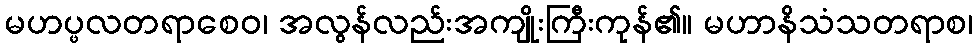
မဟပ္ဖလတရာစေဝ၊ အလွန်လည်းအကျိုးကြီးကုန်၏။ မဟာနိသံသတရာစ၊